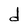
Character: d